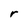
Character: r